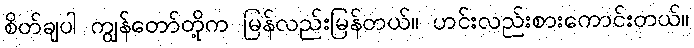
စိတ်ချပါ ကျွန်တော်တို့က မြန်လည်းမြန်တယ်။ ဟင်းလည်းစားကောင်းတယ်။